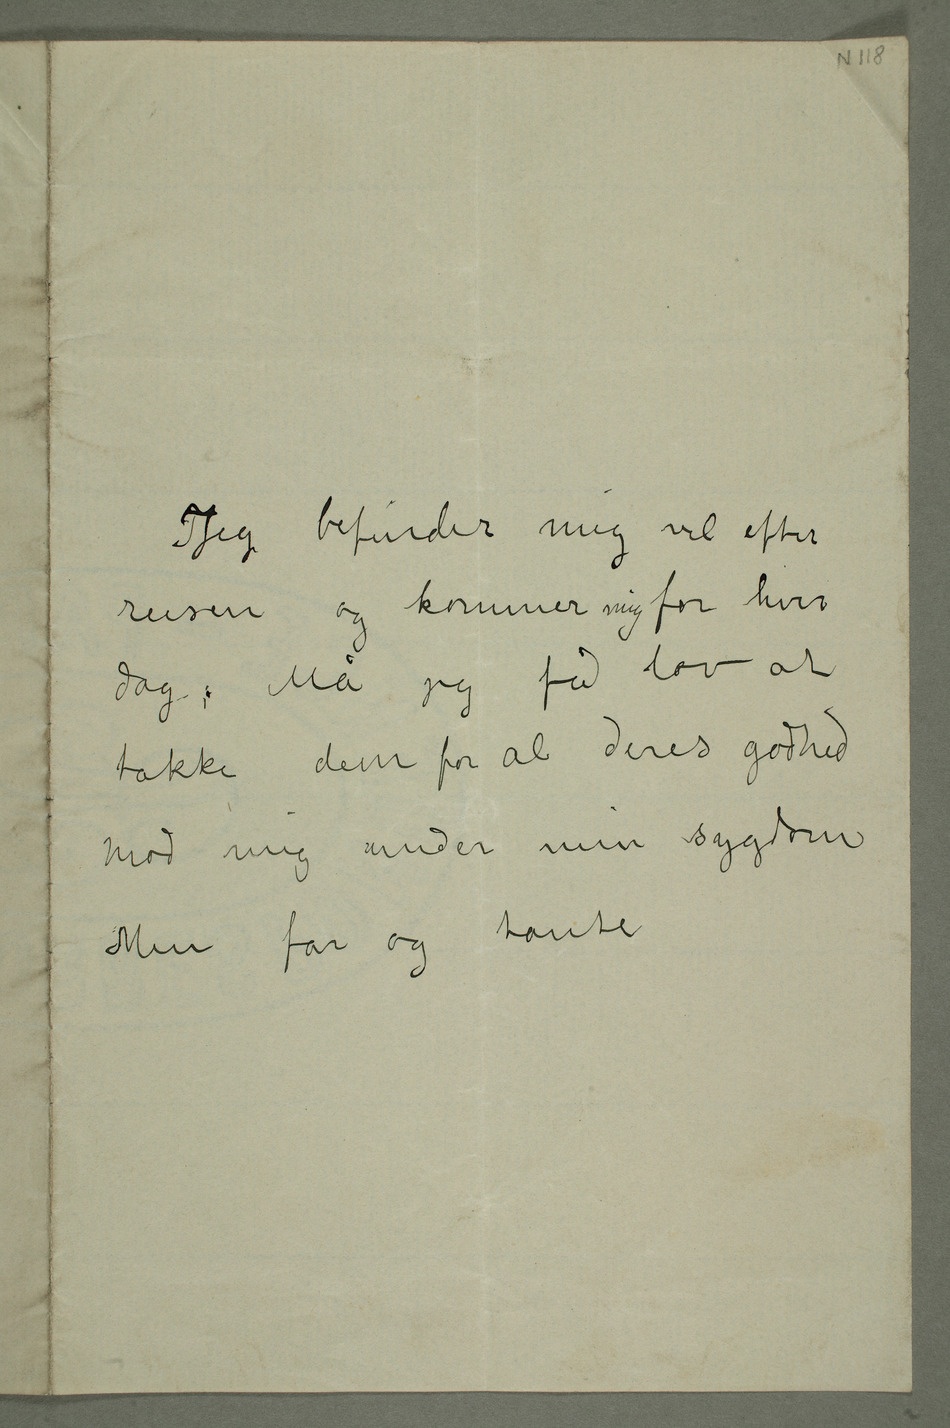
Jeg befinder mig vel efter
reisen og kommer mig for hver
dag. Må jeg få lov at
takke dem for al deres godhed
mod mig under min sygdom
Min far og tante